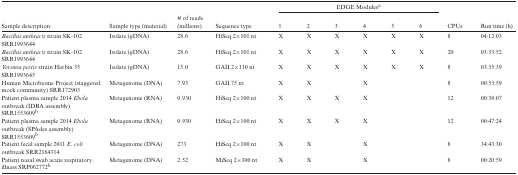
<table><thead><tr><td></td><td></td><td></td><td></td><td colspan="6"><b>EDGE Modules<sup>a</sup></b></td><td></td><td></td></tr><tr><td><b>Sample description</b></td><td><b>Sample type (material)</b></td><td><b># of reads (millions)</b></td><td><b>Sequence type</b></td><td><b>1</b></td><td><b>2</b></td><td><b>3</b></td><td><b>4</b></td><td><b>5</b></td><td><b>6</b></td><td><b>CPUs</b></td><td><b>Run time (h)</b></td></tr></thead><tbody><tr><td><i>Bacillus anthracis</i> strain SK-102 SRR1993644</td><td>Isolate (gDNA)</td><td>28.6</td><td>HiSeq 2×101 nt</td><td>X</td><td>X</td><td>X</td><td>X</td><td>X</td><td>X</td><td>8</td><td>04:12:03</td></tr><tr><td><i>Bacillus anthracis</i> strain SK-102 SRR1993644</td><td>Isolate (gDNA)</td><td>28.6</td><td>HiSeq 2×101 nt</td><td>X</td><td>X</td><td>X</td><td>X</td><td>X</td><td>X</td><td>20</td><td>03:33:52</td></tr><tr><td><i>Yersinia pestis</i> strain Harbin 35 SRR1993645</td><td>Isolate (gDNA)</td><td>15.0</td><td>GAII 2×110 nt</td><td>X</td><td>X</td><td>X</td><td>X</td><td>X</td><td>X</td><td>8</td><td>03:35:39</td></tr><tr><td>Human Microbiome Project (staggered mock community) SRR172903</td><td>Metagenome (DNA)</td><td>7.93</td><td>GAII 75 nt</td><td>X</td><td>X</td><td></td><td>X</td><td></td><td></td><td>8</td><td>00:53:59</td></tr><tr><td>Patient plasma sample 2014 <i>Ebola</i> outbreak (IDBA assembly) SRR1553609<sup>b</sup></td><td>Metagenome (RNA)</td><td>0.930</td><td>HiSeq 2×100 nt</td><td>X</td><td>X</td><td>X</td><td>X</td><td></td><td></td><td>12</td><td>00:38:07</td></tr><tr><td>Patient plasma sample 2014 <i>Ebola</i> outbreak (SPAdes assembly) SRR1553609<sup>b</sup></td><td>Metagenome (RNA)</td><td>0.930</td><td>HiSeq 2×100 nt</td><td>X</td><td>X</td><td>X</td><td>X</td><td></td><td></td><td>12</td><td>00:47:24</td></tr><tr><td>Patient fecal sample 2011 <i>E. coli</i> outbreak SRR2164314</td><td>Metagenome (DNA)</td><td>273</td><td>HiSeq 2×100 nt</td><td>X</td><td>X</td><td></td><td>X</td><td></td><td></td><td>8</td><td>34:43:30</td></tr><tr><td>Patient nasal swab acute respiratory illness SRP062772<sup>b</sup></td><td>Metagenome (DNA)</td><td>2.52</td><td>MiSeq 2×300 nt</td><td>X</td><td>X</td><td></td><td>X</td><td></td><td></td><td>8</td><td>00:20:59</td></tr></tbody></table>